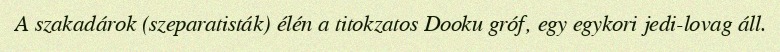
A szakadárok (szeparatisták) élén a titokzatos Dooku gróf, egy egykori jedi-lovag áll.